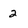
Character: 2